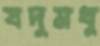
যদুমধু